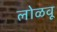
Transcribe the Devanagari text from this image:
लोळवू